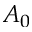
A _ { 0 }